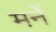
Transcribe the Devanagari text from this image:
मर्ने